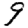
Digit: 9